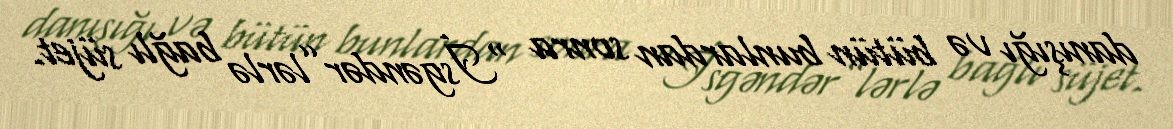
danışığı və bütün bunlardan sonra “İsgəndər”lərlə bağlı süjet.